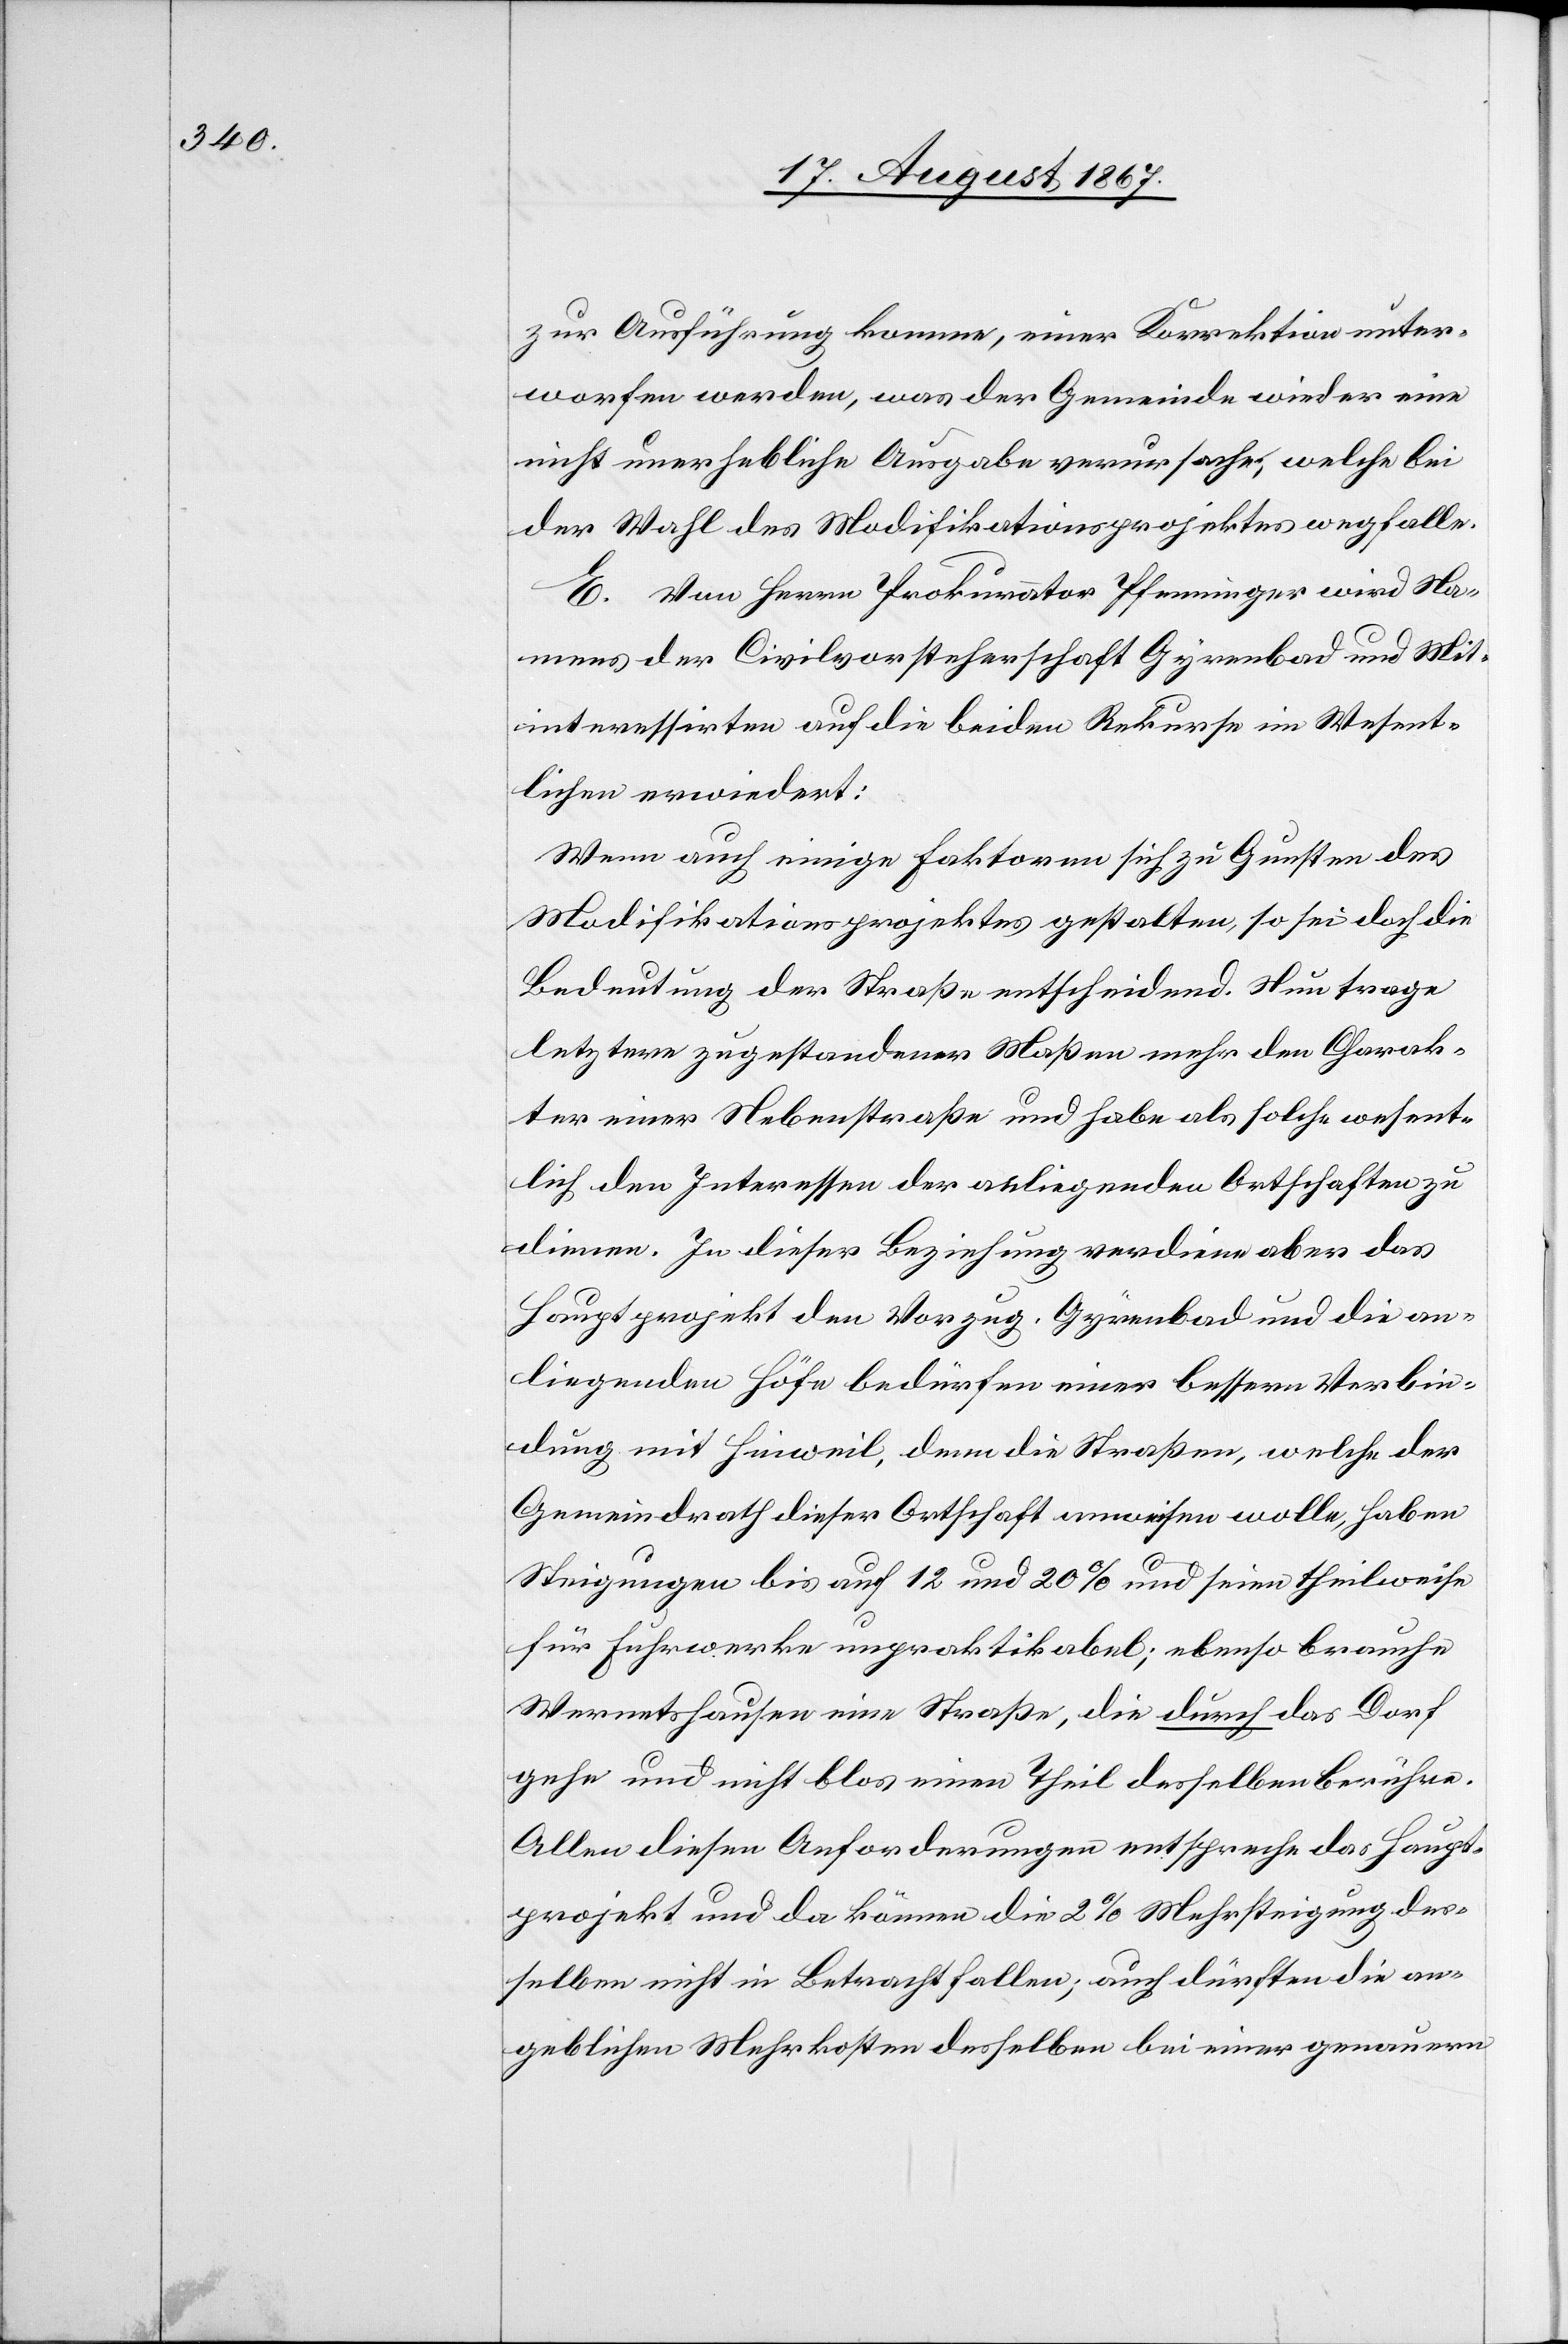
zur Ausführung komme, einer Korrektion unter¬
worfen werden, was der Gemeinde wieder eine
nicht unerhebliche Ausgabe verursache, welche bei
der Wahl des Modifikationsprojektes wegfalle.
E. Von Herrn Prokurator Pfenninger wird Na¬
mens der Civilvorsteherschaft Gyrenbad und Mit¬
interessirten auf die beiden Rekurse im Wesent¬
lichen erwiedert:
Wenn auch einige Faktoren sich zu Gunsten des
Modifikationsprojektes gestalten, so sei doch die
Bedeutung der Straße entscheidend. Nun trage
letzter zugestandener Maßen mehr den Charak¬
ter einer Nebenstraße und habe als solche wesent¬
lich den Interessen der anliegenden Ortschaften zu
dienen. In dieser Beziehung verdiene aber das
Hauptprojekt den Vorzug. Gyrenbad und die an¬
liegenden Höfe bedürfen einer bessern Verbin¬
dung mit Hinweil, denn die Straßen, welche der
Gemeindrath dieser Ortschaft anweisen wolle, haben
Steigungen bis auf 12 und 20% und seien theilweise
für Fuhrwerke unpraktikabel; ebenso brauche
Wernetshausen eine Straße, die durch das Dorf
gehe und nicht blos einen Theil desselben berühre.
Allen diesen Anforderungen entspreche das Haupt¬
projekt und da können die 2% Mehrsteigung des¬
selben nicht in Betracht fallen; auch dürften die an¬
geblichen Mehrkosten desselben bei einer genauern